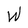
Character: W